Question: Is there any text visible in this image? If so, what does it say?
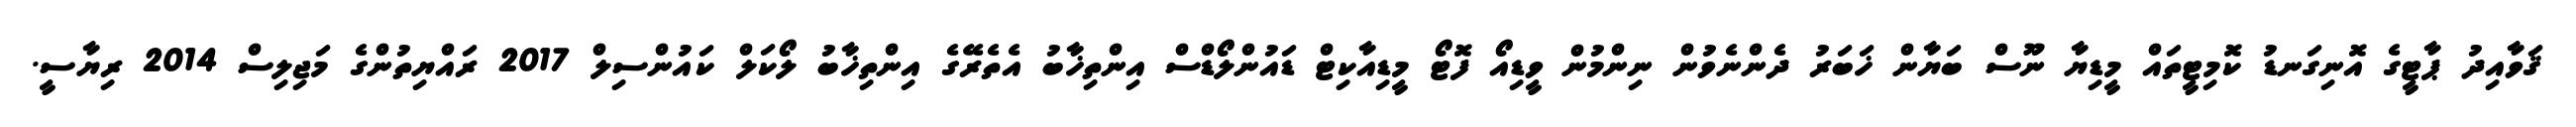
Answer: ޤަވާއިދު ޕާޓީގެ އޮނިގަނޑު ކޮމިޓީތައް މީޑިޔާ ނޫސް ބަޔާން ޚަބަރު ދެންނެވުން ނިންމުން ވީޑިއޯ ފޮޓޯ މީޑިއާކިޓް ޑައުންލޯޑްސް އިންތިޚާބު އެތެރޭގެ އިންތިޚާބު ލޯކަލް ކައުންސިލް 2017 ރައްޔިތުންގެ މަޖިލިސް 2014 ރިޔާސީ.